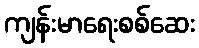
ကျန်းမာရေးစစ်ဆေး